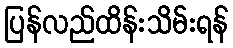
ပြန်လည်ထိန်းသိမ်းရန်